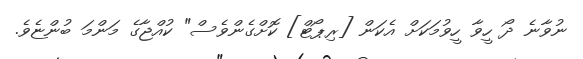
ނުވާނެ ދޯ ހީވާ ހީވުމަކަށް އެކަން [ރިޕޯޓް] ކޮށްގެންވެސް" ކުއްޖާގެ މަންމަ ބުންޏެވެ.